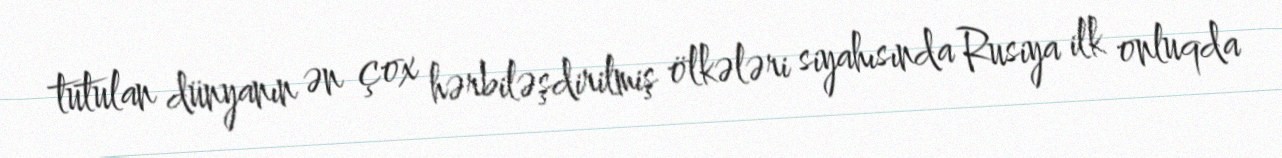
tutulan dünyanın ən çox hərbiləşdirilmiş ölkələri siyahısında Rusiya ilk onluqda